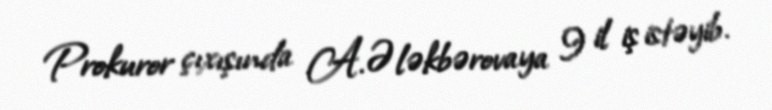
Prokuror çıxışında A.Ələkbərovaya 9 il iş istəyib.